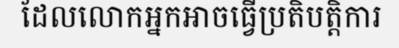
ដែលលោកអ្នកអាចធ្វើប្រតិបត្តិការ